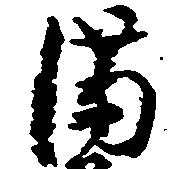
満